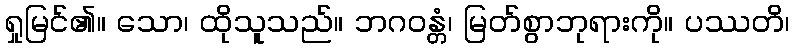
ရှုမြင်၏။ သော၊ ထိုသူသည်။ ဘဂဝန္တံ၊ မြတ်စွာဘုရားကို။ ပဿတိ၊